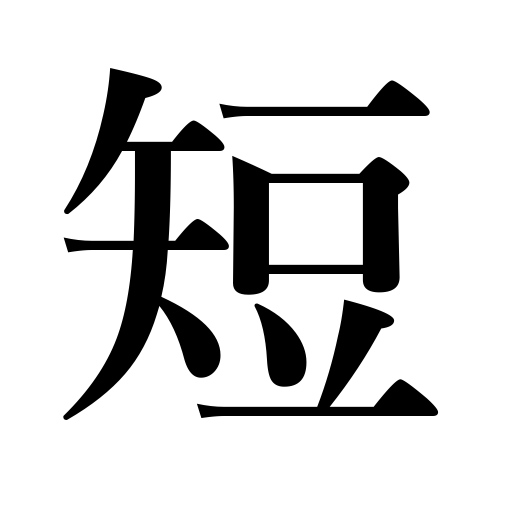
Meanings: defect,shortness,demerit,short,brief,fault,brevity,weak point